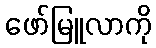
ဖော်မြူလာကို